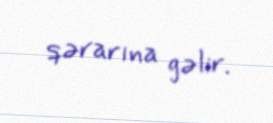
qərarına gəlir.